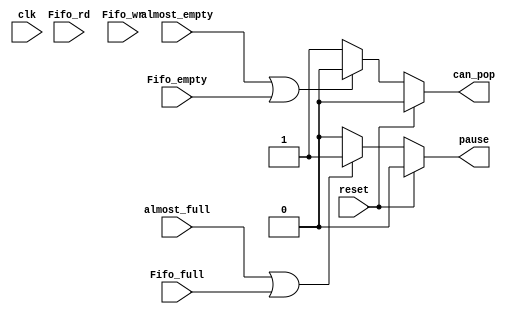
module flow_control #(parameter BITNUMBER = 6,
			parameter LENGTH = 4)(
  input clk,
  input reset,
  input Fifo_rd,
  input Fifo_wr,
  input almost_full, 
  input almost_empty,
  input Fifo_full, 
  input Fifo_empty,
  output reg can_pop,
  output reg pause 
  );

always @(*) begin
    if (reset) begin
        {can_pop, pause} = 0;
    end
    else begin
        if (almost_full|| Fifo_full)
            pause = 1;
        else
            pause = 0;
        if (almost_empty || Fifo_empty)
            can_pop = 0;
        else
            can_pop = 1;
    end
end

endmodule